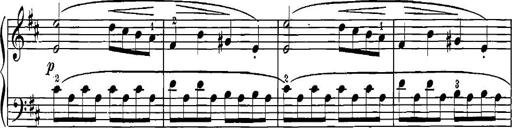
Title: 12 Sonatinas
Composer: Ignaz Pleyel